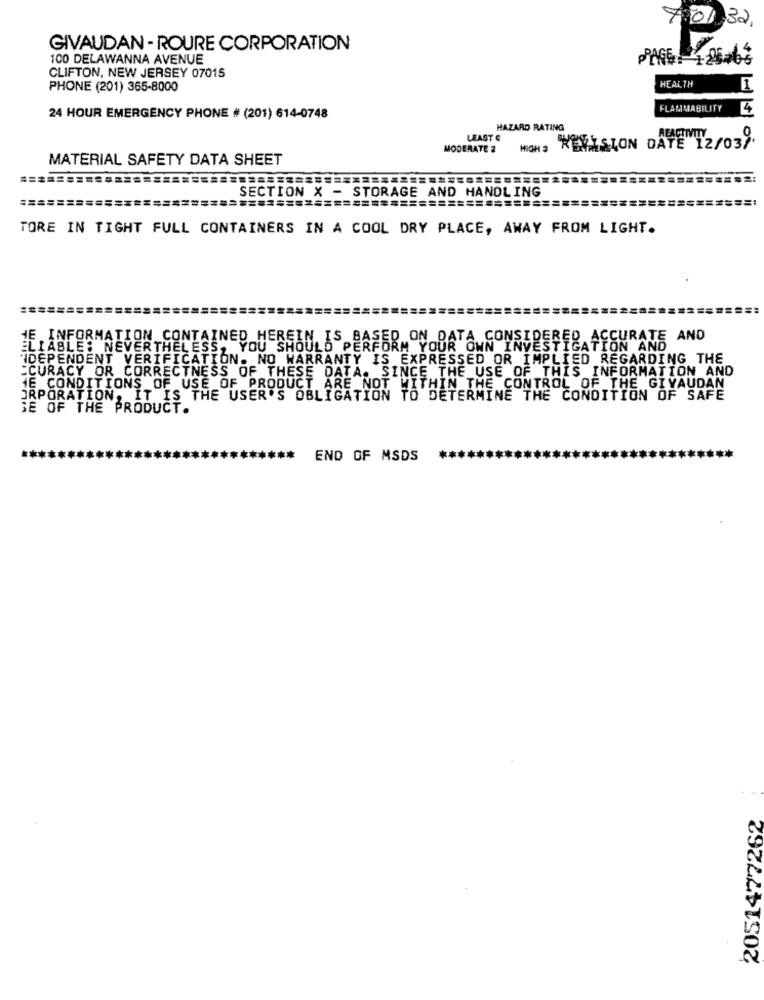
4.01 32.
GIVAUDAN - ROURE CORPORATION
100 DELAWANNA AVENUE
CLIFTON, NEW JERSEY 07015
PHONE (201) 365-8000
HEALTH
FLAMMABILITY
4
24 HOUR EMERGENCY PHONE # (201) 614-0748
HAZARD RATING
LEAST C
MODERATE 2
MOMS REVISION DATE 12/
MATERIAL SAFETY DATA SHEET
======
SECTION X - STORAGE AND HANDLING
TORE IN TIGHT FULL CONTAINERS IN A COOL DRY PLACE, AWAY FROM LIGHT.
HE INFORMATION CONTAINED HEREIN IS BASED ON DATA CONSIDERED ACCURATE AND
ELIABLE: NEVERTHELESS, YOU SHOULD PERFORM YOUR OWN INVESTIGATION AND
'IDEPENDENT VERIFICATION. NO WARRANTY IS EXPRESSED OR IMPLIED REGARDING THE
:CURACY OR CORRECTNESS OF THESE DATA. SINCE THE USE OF THIS INFORMATION AND
HE CONDITIONS OF USE OF PRODUCT ARE NOT WITHIN THE CONTROL OF THE GIVAUDAN
JRPORATION, IT IS THE USER'S OBLIGATION TO DETERMINE THE CONDITION OF SAFE
SE OF THE PRODUCT.
END OF MSDS
2051477262